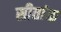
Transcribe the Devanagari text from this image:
सीतांक